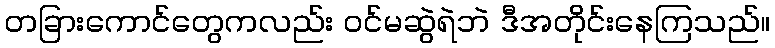
တခြားကောင်တွေကလည်း ဝင်မဆွဲရဲဘဲ ဒီအတိုင်းနေကြသည်။